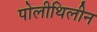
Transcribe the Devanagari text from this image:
पोलीथिलीन